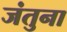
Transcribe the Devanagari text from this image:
जंतुना